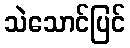
သဲသောင်ပြင်